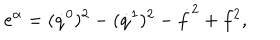
e ^ { \alpha } = ( \dot { q } ^ { 0 } ) ^ { 2 } - ( \dot { q } ^ { 1 } ) ^ { 2 } - \dot { f } ^ { 2 } + f ^ { 2 } ,